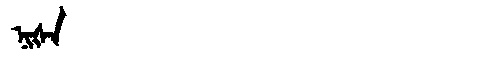
Manchu: ᠨᡳᡧᠠ
Romanization: NIŠA